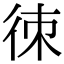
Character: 𢓣